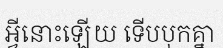
អ្វីនោះឡើយ ទើបបុកគ្នា